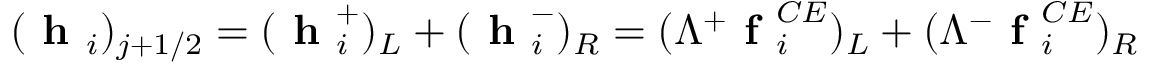
\begin{array} { r } { ( \textbf { h } _ { i } ) _ { j + 1 / 2 } = ( \textbf { h } _ { i } ^ { + } ) _ { L } + ( \textbf { h } _ { i } ^ { - } ) _ { R } = ( \Lambda ^ { + } \textbf { f } _ { i } ^ { C E } ) _ { L } + ( \Lambda ^ { - } \textbf { f } _ { i } ^ { C E } ) _ { R } } \end{array}